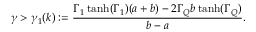
\gamma > \gamma _ { 1 } ( k ) : = \frac { \Gamma _ { 1 } \operatorname { t a n h } ( \Gamma _ { 1 } ) ( a + b ) - 2 \Gamma _ { Q } b \operatorname { t a n h } ( \Gamma _ { Q } ) } { b - a } .